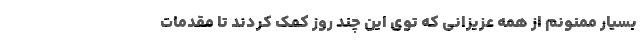
بسیار ممنونم از همه عزیزانی که توی این چند روز کمک کردند تا مقدمات